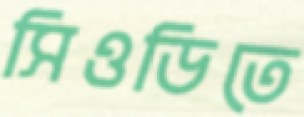
সিওডিতে